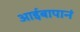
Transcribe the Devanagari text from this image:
आईबापानं